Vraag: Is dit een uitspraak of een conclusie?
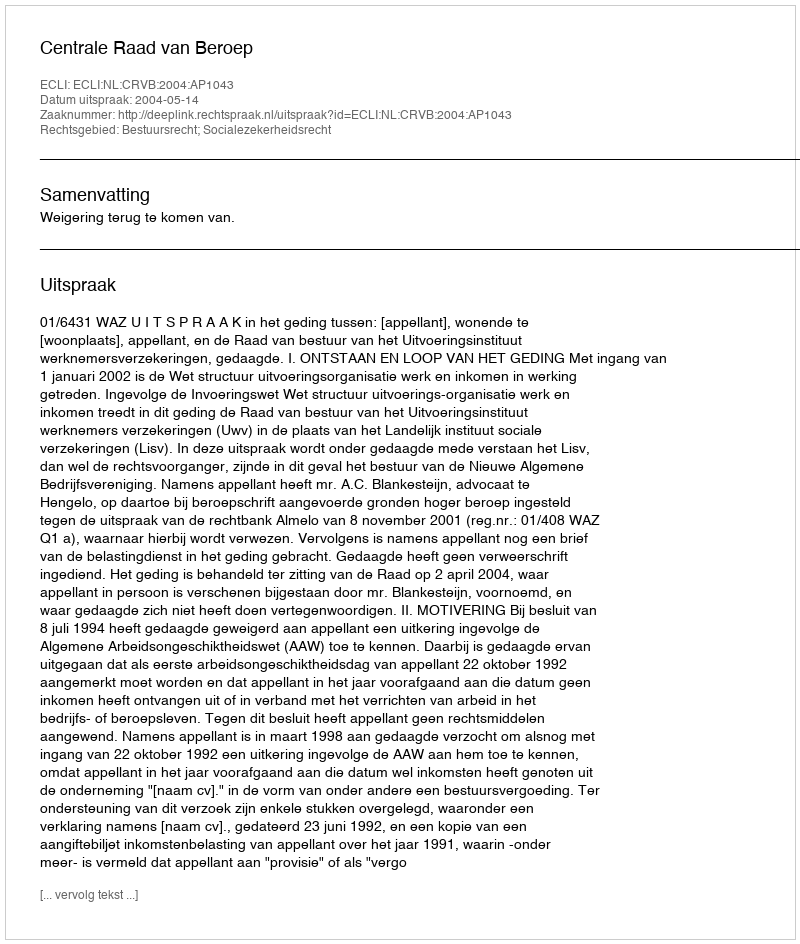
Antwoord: Uitspraak